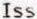
ISS